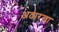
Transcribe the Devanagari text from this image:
अठारखा